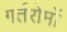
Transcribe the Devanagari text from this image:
गर्तरोमों